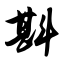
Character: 斟